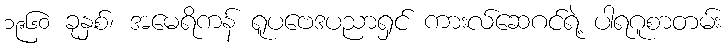
၁၉၆၀ ခုနှစ်၊ အမေရိကန် ရူပဗေဒပညာရှင် ကားလ်ဆေဂင်ရဲ့ ပါရဂူစာတမ်း